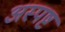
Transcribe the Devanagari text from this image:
अस्पष्ट